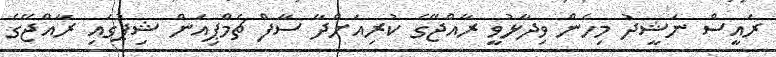
ރައީސް ނަޝީދު މިހެން ވިދާޅުވީ ރާއްޖޭގެ ކުރިއަށްދާ ސާފް ޗެމްޕިއަން ޝިޕުގައި ރާއްޖޭގެ